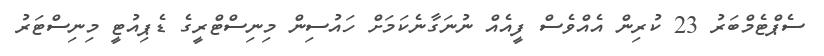
ސެޕްޓެމްބަރު 23 ކުރިން އެއްވެސް ފީއެއް ނުނަގާނެކަމަށް ހައުސިން މިނިސްޓްރީގެ ޑެޕިއުޓީ މިނިސްޓަރު